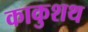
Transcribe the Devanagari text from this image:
काकुशथ